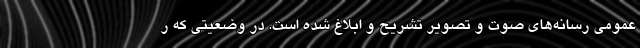
عمومی رسانه‌های صوت و تصویر تشریح و ابلاغ شده است. در وضعیتی که ر